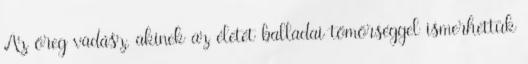
Az öreg vadász, akinek az életét balladai tömörséggel ismerhettük